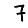
Digit: 7